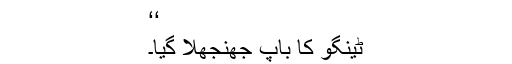
‘‘
ٹینگو کا باپ جھنجھلا گیا۔